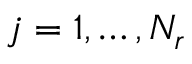
j = 1 , \dots , N _ { r }